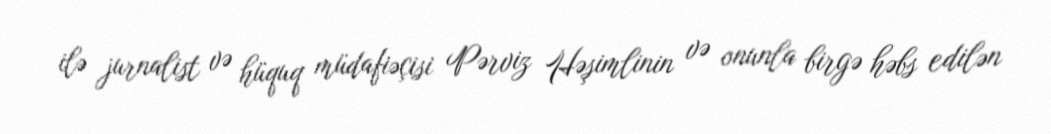
ilə jurnalist və hüquq müdafiəçisi Pərviz Həşimlinin və onunla birgə həbs edilən